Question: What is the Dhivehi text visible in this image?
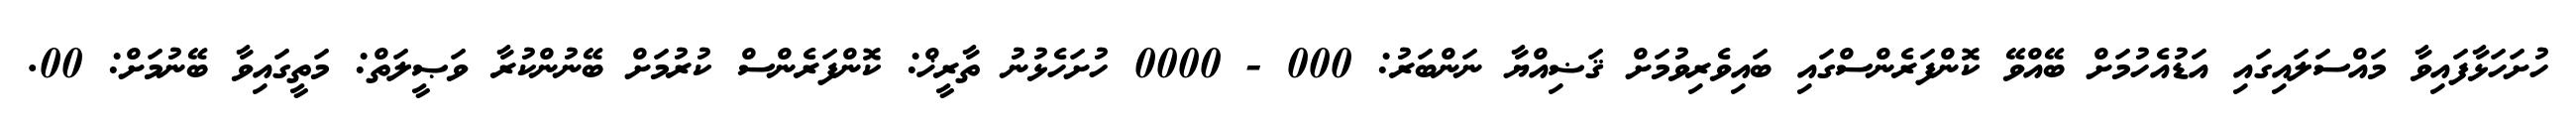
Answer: ހުށަހަޅާފައިވާ މައްސަލައިގައި އަޑުއެހުމަށް ބޭއްވޭ ކޮންފަރެންސްގައި ބައިވެރިވުމަށް ޤަޟިއްޔާ ނަންބަރު: 000 - 0000 ހުށަހެޅުނު ތާރީޚް: ކޮންފަރެންސް ކުރުމަށް ބޭނުންކުރާ ވަޞީލަތް: މަތީގައިވާ ބޭނުމަށް: 00.